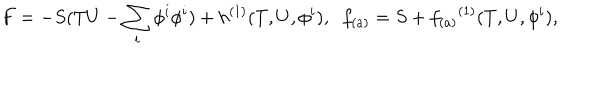
LaTeX: F = - S ( T U - \sum _ { i } \phi ^ { i } \phi ^ { i } ) + { h } ^ { ( 1 ) } ( T , U , \phi ^ { i } ) , \; \; f _ { ( a ) } = S + { f _ { ( a ) } } ^ { ( 1 ) } ( T , U , \phi ^ { i } ) ,